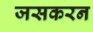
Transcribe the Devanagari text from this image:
जसकरन